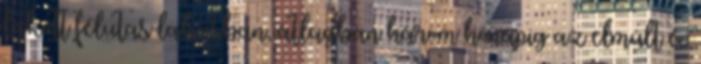
lakott félutas lakásban, átlagban három hónapig az elmúlt év